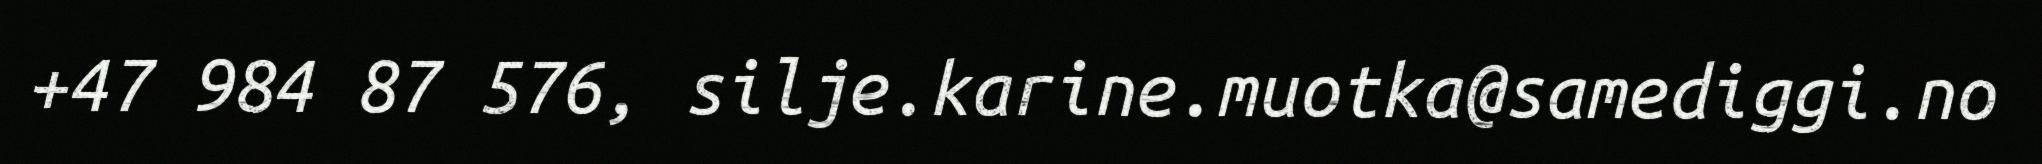
+47 984 87 576, silje.karine.muotka@samediggi.no